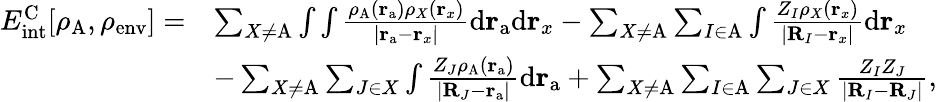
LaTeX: \begin{array}{rl}{E_{\mathrm{int}}^{\mathrm{C}}[\rho_{\mathrm{A}},\rho_{\mathrm{env}}]=}&{\sum_{X\neq\mathrm{A}}\int\int\frac{\rho_{\mathrm{A}}(\mathbf{r}_{\mathrm{a}})\rho_{X}(\mathbf{r}_{x})}{|\mathbf{r}_{\mathrm{a}}-\mathbf{r}_{x}|}{\mathrm{d}}\mathbf{r}_{\mathrm{a}}{\mathrm{d}}\mathbf{r}_{x}-\sum_{X\neq\mathrm{A}}\sum_{I\in\mathrm{A}}\int\frac{Z_{I}\rho_{X}(\mathbf{r}_{x})}{|\mathbf{R}_{I}-\mathbf{r}_{x}|}{\mathrm{d}}\mathbf{r}_{x}}\\ &{-\sum_{X\neq\mathrm{A}}\sum_{J\in X}\int\frac{Z_{J}\rho_{\mathrm{A}}(\mathbf{r}_{\mathrm{a}})}{|\mathbf{R}_{J}-\mathbf{r}_{\mathrm{a}}|}{\mathrm{d}}\mathbf{r}_{\mathrm{a}}+\sum_{X\neq\mathrm{A}}\sum_{I\in\mathrm{A}}\sum_{J\in X}\frac{Z_{I}Z_{J}}{|\mathbf{R}_{I}-\mathbf{R}_{J}|},}\end{array}